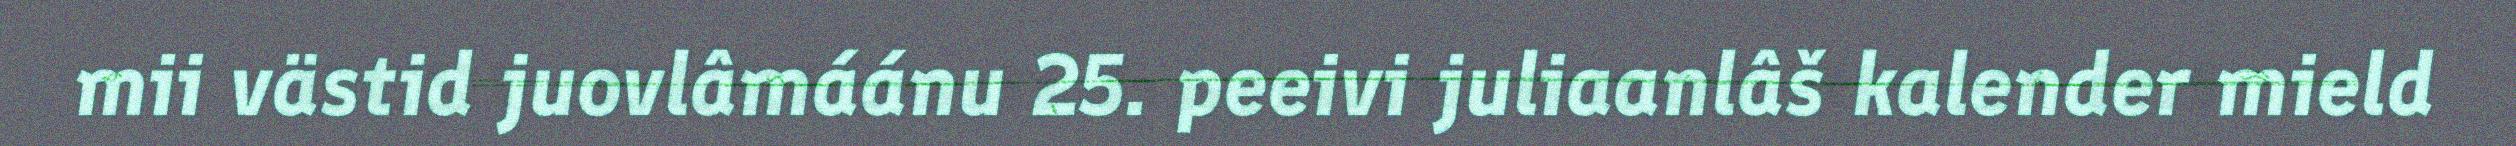
mii västid juovlâmáánu 25. peeivi juliaanlâš kalender mield